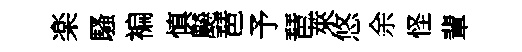
楽騷褊慎飇琶予琶萊悠余怪輩